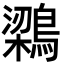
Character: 𮭊